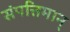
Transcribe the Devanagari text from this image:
संपत्तिमान्‌